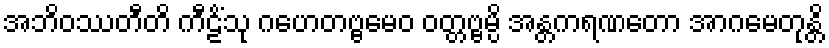
အဘိဝဿတီတိ ကီဠိံသု ဂဟေတဗ္ဗမေဝ ဝတ္တဗ္ဗမ္ပိ အန္တကရဏတော အာဂမေတုန္တိ